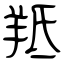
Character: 羝